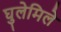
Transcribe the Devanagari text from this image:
घुलेमिले